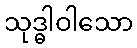
သုဒ္ဓါဝါသော